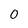
Character: 0